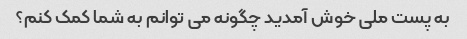
به پست ملی خوش آمدید چگونه می توانم به شما کمک کنم؟